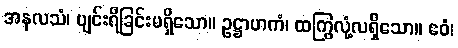
အနလသံ၊ ပျင်းရိခြင်းမရှိသော။ ဥဋ္ဌာဟကံ၊ ထကြွလုံ့လရှိသော။ ဧဝံ၊